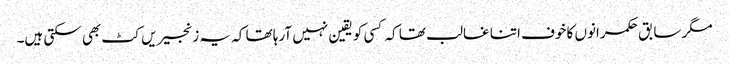
مگر سابق حکمرانوں کا خوف اتنا غالب تھا کہ کسی کو یقین نہیں آرہا تھا کہ یہ زنجیریں کٹ بھی سکتی ہیں۔